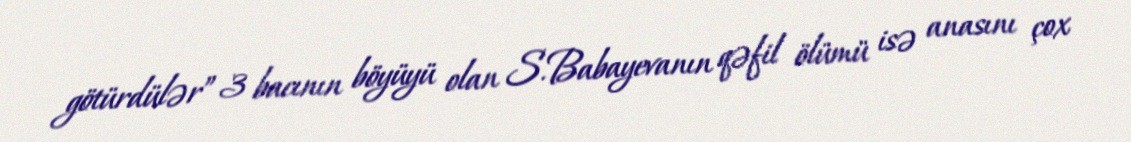
götürdülər” 3 bacının böyüyü olan S.Babayevanın qəfil ölümü isə anasını çox